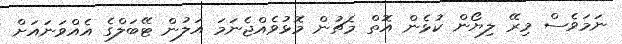
ނަމަވެސް މިރޭ ލިޔޯން ކުޅެން އޮތް މެޗުން މޮޅުވެއްޖެނަމަ އަލުން ޓޭބަލްގެ އެއްވަނައަށް